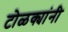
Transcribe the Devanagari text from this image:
टोळक्यांनी